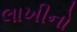
લાખીનો